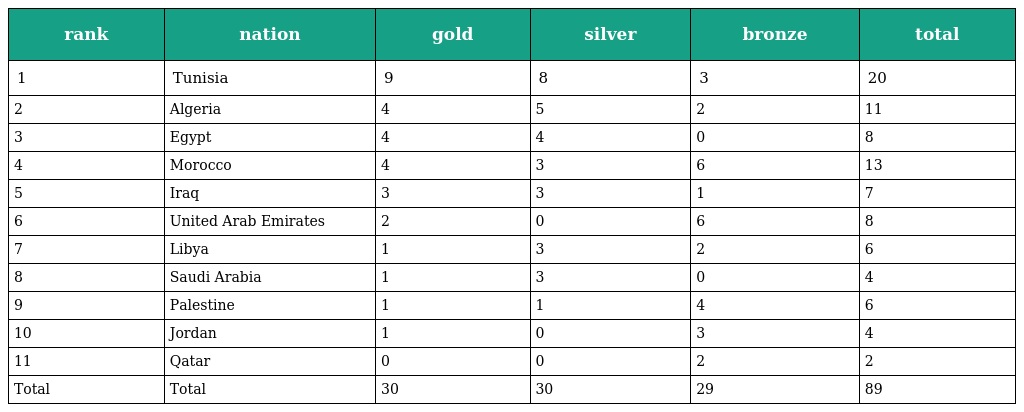
| rank | nation | gold | silver | bronze | total |
 | --- | --- | --- | --- | --- | --- |
 | 1 | Tunisia | 9 | 8 | 3 | 20 |
 | 2 | Algeria | 4 | 5 | 2 | 11 |
 | 3 | Egypt | 4 | 4 | 0 | 8 |
 | 4 | Morocco | 4 | 3 | 6 | 13 |
 | 5 | Iraq | 3 | 3 | 1 | 7 |
 | 6 | United Arab Emirates | 2 | 0 | 6 | 8 |
 | 7 | Libya | 1 | 3 | 2 | 6 |
 | 8 | Saudi Arabia | 1 | 3 | 0 | 4 |
 | 9 | Palestine | 1 | 1 | 4 | 6 |
 | 10 | Jordan | 1 | 0 | 3 | 4 |
 | 11 | Qatar | 0 | 0 | 2 | 2 |
 | Total | Total | 30 | 30 | 29 | 89 |